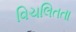
વિચલિતતા